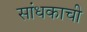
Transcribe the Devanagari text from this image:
सांधकाची